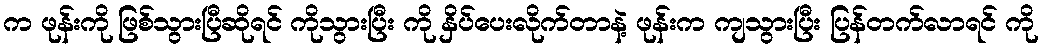
က ဖုန်းကို ဖြစ်သွားပြီဆိုရင် ကိုသွားပြီး ကို နှိပ်ပေးလိုက်တာနဲ့ ဖုန်းက ကျသွားပြီး ပြန်တက်လာရင် ကို